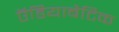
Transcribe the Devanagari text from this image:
ऍडियाबैटिक